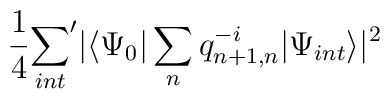
\frac14 {\sum_{int}}' | \langle \Psi_0 | \sum_{n} q^{-i}_{n+1,n} | \Psi_{int} \rangle|^2